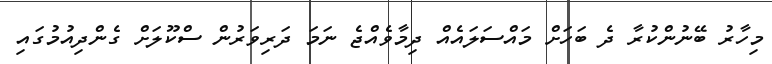
މިހާރު ބޭނުންކުރާ ދެ ބަހަށް މައްސަލައެއް ދިމާވެއްޖެ ނަމަ ދަރިވަރުން ސްކޫލަށް ގެންދިއުމުގައި